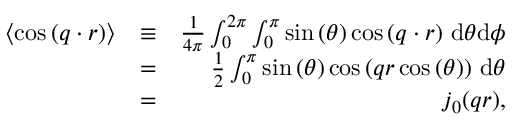
\begin{array} { r l r } { \left\langle \cos { ( \boldsymbol { q } \cdot \boldsymbol { r } ) } \right\rangle } & { \equiv } & { \frac { 1 } { 4 \pi } \int _ { 0 } ^ { 2 \pi } \int _ { 0 } ^ { \pi } \sin { ( \theta ) } \cos { ( \boldsymbol { q } \cdot \boldsymbol { r } ) } ~ \mathrm { d } \theta \mathrm { d } \phi } \\ & { = } & { \frac { 1 } { 2 } \int _ { 0 } ^ { \pi } \sin { ( \theta ) } \cos { ( q r \cos { ( \theta ) } ) } ~ \mathrm { d } \theta } \\ & { = } & { j _ { 0 } ( q r ) , } \end{array}